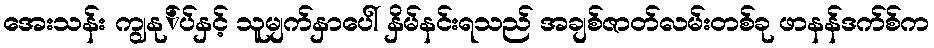
အေးသန်း ကျွနု်ပ်နှင့် သူမျက်နှာပေါ် နှိမ်နင်းရသည် အချစ်ဇာတ်လမ်းတစ်ခု ဖာနန်ဒက်စ်က